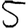
Digit: 5